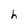
Character: h